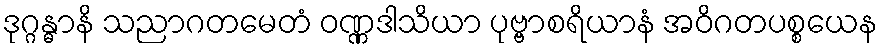
ဒုဂ္ဂန္ဓာနိ သညာဂတမေတံ ဝဏ္ဏဒါသိယာ ပုဗ္ဗာစရိယာနံ အဝိဂတပစ္စယေန